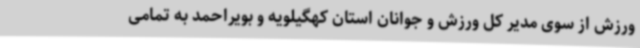
ورزش از سوی مدیر کل ورزش و جوانان استان کهگیلویه و بویراحمد به تمامی